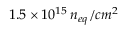
1 . 5 \times 1 0 ^ { 1 5 } \, n _ { e q } / c m ^ { 2 }